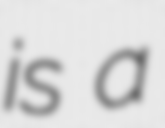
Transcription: is a